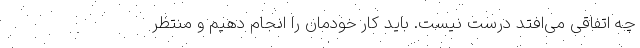
چه اتفاقی می‌افتد درست نیست. باید کار خودمان را انجام دهیم و منتظر